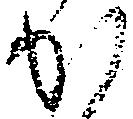
か